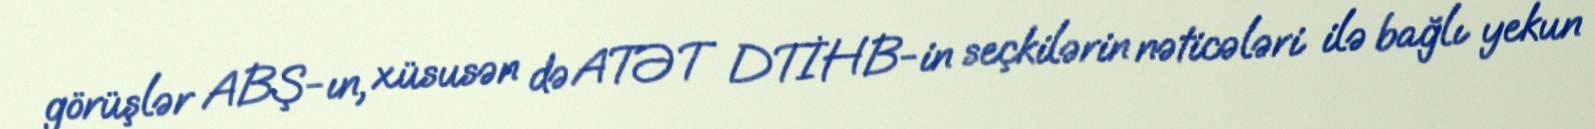
görüşlər ABŞ-ın, xüsusən də ATƏT DTİHB-in seçkilərin nəticələri ilə bağlı yekun